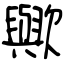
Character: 歟